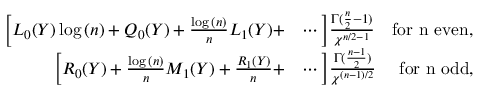
\begin{array} { r l } { \bigg [ L _ { 0 } ( Y ) \log { ( n ) } + Q _ { 0 } ( Y ) + \frac { \log { ( n ) } } { n } L _ { 1 } ( Y ) + } & { \cdots \bigg ] \frac { \Gamma ( \frac { n } { 2 } - 1 ) } { \chi ^ { n / 2 - 1 } } \quad \mathrm { f o r ~ n ~ e v e n } , } \\ { \bigg [ R _ { 0 } ( Y ) + \frac { \log { ( n ) } } { n } M _ { 1 } ( Y ) + \frac { R _ { 1 } ( Y ) } { n } + } & { \cdots \bigg ] \frac { \Gamma ( \frac { n - 1 } { 2 } ) } { \chi ^ { ( n - 1 ) / 2 } } \quad ~ \mathrm { f o r ~ n ~ o d d } , } \end{array}